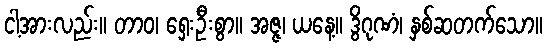
ငါ့အားလည်း။ တာဝ၊ ရှေးဦးစွာ။ အဇ္ဇ၊ ယနေ့။ ဒွိဂုဏံ၊ နှစ်ဆတက်သော။